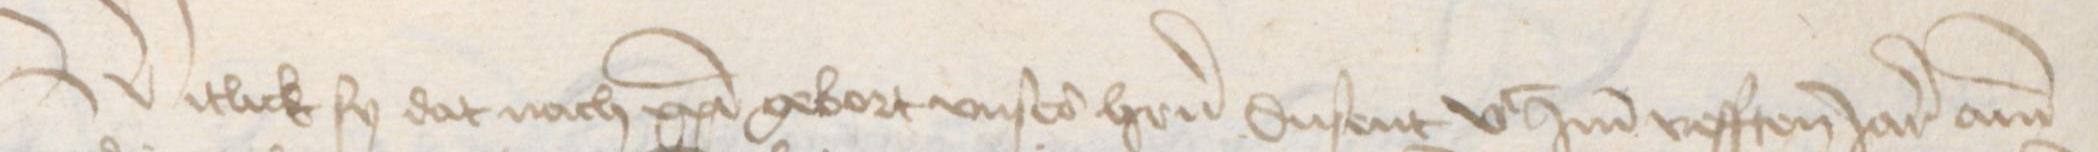
Witlick sy dat nach christi gebort vnse heren dusent vc ind vefften Jar ann